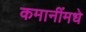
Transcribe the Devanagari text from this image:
कमानींमधे